Sketch of the medical history of the native army of Bombay, for the year
Year: 1875
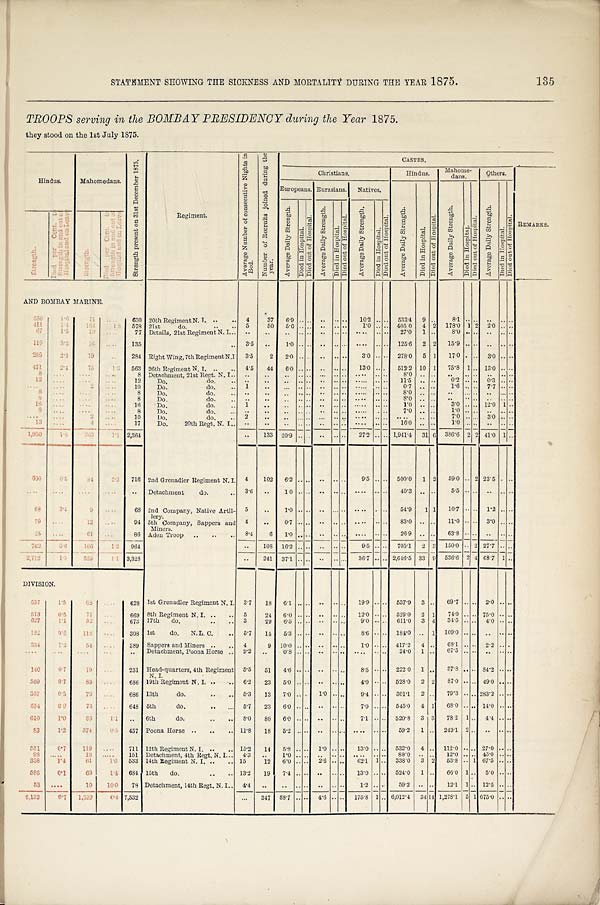
STATEMENT SHOWING THE SICKNESS AND MORTALITY DURING THE YEAR 1875.
135
TROOPS serving in the BOMBAY PRESIDENCY during the Year 1875.
they stood on the 1st July 1875.
Hindus.
Mahomedans.
S t r e n g t h p r e s e n t o n 3 1 s t D e c e m b e r 1 8 7 5 .
Regiment.
A v e r a g e N u m b e r o f c o n s e c u t i v e N i g h t s i n B e d .
N u m b e r o f R e c r u i t s j o i n e d d u r i n g t h e y e a r .
CASTES.
Christians.
Hindus. Mahome-
dans.
Others.
Europeans. Eurasians. Natives.
A v e r a g e D a i l y S t r e n g t h .
D i e d i n H o s p i t a l .
D i e d o u t o f H o s p i t a l .
A v e r a g e D a i l y S t r e n g t h .
D i e d i n H o s p i t a l . D i e d o u t o f H o s p i t a l .
A v e r a g e D a i l y S t r e n g t h .
D i e d i n H o s p i t a l .
D i e d o u t o f H o s p i t a l .
REMARKS.
A v e r a g e D a i l y S t r e n g t h .
D i e d i n H o s p i t a l .
D i e d o u t o f H o s p i t a l .
A v e r a g e D a i l y S t r e n g t h .
D i e d i n H o s p i t a l .
D i e d o u t o f H o s p i t a l .
A v e r a g e D a i l y S t r e n g t h .
D i e d i n H o s p i t a l . D i e d o u t o f H o s p i t a l .
S t r e n g t h .
D i e d p e r C e n t . t o S t r e n g t h i n a n d o u t o f H o s p i t a l a n d o n L e a v e Strength.
D i e d p e r C e n t . t o S t r e n g t h i n a n d o u t o f H o s p i t a l a n d o n L e a v e
AND BOMBAY MARINE.
5 5 0
1 . 6
7 1
. . . . 630 20th Regiment N. I. . . .. 4
37 6.9 . . . . . . . . . .
1 0 . 2 . . . . 533.4 9 . . 8.1 . . . . . . . . . .
411
1 . 4
1 6 4
1 . 8 578 21st do.
5
50 5.0 . . . .
. . . . . . 1.0 . . . . 405.0 4 2 178.0 1 2
2 . 0 . . . .
6 7 1.5
1 0
. . . . 77 Details, 21st Regiment N. I... . . ..
. . .. . . .. . . . . . . .. . . 27.0 1 .. 8.0 .. ..
. . . . . .
119
3 . 3
1 6
. . . . 135
.. 3.5 .. 1.0 .. . .
. . . . . .
. . . . . . 125.6 2 2 15.9 .. . . . . . . . .
259
2 . 3
1 9
. . 284 Right Wing, 7th Regiment N.I 3.5 2 2.0 . . . .
. . . . . . 3.0 . . . . 278.0 5 1 17.0 . . . .
3 . 0 . . . .
471
2 . 4
7 5
1 . 3 563 26th Regiment N, I. .. .. 4.5 44 6.0 .. . . . . . . . .
1 3 . 0 . . . . 512.2 10 1 75.8 1 . . 13.0 . . . .
8
. . . .
. . . .
. . . . 8 Detachment, 21st Regt. N. I.. .. .. .. .. . . . . . . . . . . . . . .
8 . 0 . . . .
. . . . . .
. . . . . .
12
. . . .
. . . .
. . . . 12 Do. do.
. . . .
. . . . . .
. . . . . .
. . ..
1 1 . 5 .. .. 0.2 . . . . 0.3 . . . .
. . . .
. . . .
2
. . . . 10 Do.
do. .. 1
. . . . . . . .
. . . . .. ..... . . . . 0.7 .. .. 1.6 . . . . 7.7 . . . .
8
. . . .
. . . .
. . . . 8 Do. do.
. . . .
. . . . . . . . . . . . . . . . . .
8 . 0 . . . .
. . . . . . . . . . ..
8
. . . .
. . . .
. . . . 8 Do.
do.
. .
. . . . . . . . . . . . . . . . . . . .
8 . 0 . . . .
. . . . . . .. . . . .
16
. . . .
. . . .
. . . . 16 Do.
do.
1
. . . . . . . .
. . . . . .
. . . . . .
1 . 0 . . .. 3.0 . . . . 12.0 1 . .
8
. . . .
. . . .
. . . . 8 Do.
do.
. . . .
. . . . . .
. . . . . .
. . . . . . 7.0 .. .. 1.0 .. . . . . . . ..
. . . .
. . . .
2
. . . . 10 Do. do.
2
. .
. . . . . . . . . . . .
. . . . . . . . .. . . 7.0 .. . . 3.0 . . . .
13 . . . .
4
. . . . 17 Do. 20th Regt. N. I.. . .
. . . . . . . . . . . . . . . . . . . .
1 6 . 0 . . . . 1.0 .. . . . . . . . .
1,950
1 . 8 3 6 3
1 . 1 2 ,364
. . 133 20.9 . . . . .. . . .. 27.2 .. . . 1,941.4 31 6 386.6 2 2 41.0 1 . .
6 0 0
0 . 5 8 4
2 . 3
7 1 6
2nd Grenadier Regiment N. I.
4
102 6.2 ..
. .
. . . . . . 9.5
. . . .
500.0 1 2 59.0 . . 2 23.5 . . . .
. . . .
. . . . . . . .
. . . . .. Detachment do.
3 . 6 . .
1 0 . . . . . . . . . .
. . . . . . 40.3 .. .. 5.5 . . . . . . . . . .
68
3.4
9
. . . . 68 2nd Company, Native Artil-lery. 5
. . 1.0 . . . .
. . . . . .
. . . . . . 54.9 1 1 10.7 . . . .
1 . 2 . . . .
79
. . . .
1 2
. . . . 94 5 t h C o m p a n y , S a p p e r s a n d M i n e r s .
4
. . 0.7 .. . .
. . . . ..
. . . . . . 83.0 .. . . 11.0 . . . .
3 . 0 . . . .
2 5
. . . . 6 1
. . . . 86 Aden Troop .. .. .. 8.4 6 1.0 . . . .
. . . . . .
. . .. . . 26.9 .. . .
6 3 . 8 . . . .
. . . . . .
762
0.6 166
1.2 964
.. 108 16.2 .. . . . . . . . .
9 . 5 . . . . 705.1 2 3 150.0 . . 2 27.7 . . ..
2,712
1 . 5 529
1 . 1 3,328
. . 241 37.1
. .
. .
. . . . . . 36.7 .. . . 2,646.5 33 9 536.6 2 4 68.7 1 . .
DIVISION.
537
1.5
6 8
. . . . 628 1st Grenadier Regiment N. I. 3.7 18 6.1 .. . .
. . . . . . 19.9 .. . . 537.9 3 . . 69.7 .. . . 2.0 . . . .
513
0.5
7 7
. . . . 669 8th Regiment N. I. .. .. 5
24 6.0 . . . . . . . . . .
1 2 . 0 . . . . 529.0 2 1 74.0 .. . . 75.0 . . . .
627
1 . 1
3 2
. . . . 673 17th do.
3 29 6.5 .. . . . . . . . .
9 . 0 . . . . 611.0 3 4 34.5 . . . . 4.0 . . . .
182
0 . 5 118
. . . . 308 1st do. N.L. C. .. 5.7 14 5.3 .. . .
. . . . .. 8.6 . . . . 184.0 .. 1 109.0 . . . . .. . . . .
3 3 4
1.2 54
. . . . 3 8 9 Sappers and Miners .. .. 4
9 10.0 .. . . . . . . . .
1 . 0 . . . . 417.2 4 . . 68.1 . . . . 2.2 . . . .
. . . .
. . . .
. . . .
. . . . . . Detachment, Poona Horse .. 9.2 ..
. . .. . .
. . . . . .
. . . . . . 24.0 1 ..
6 7 . 5 . . . . . . . . . .
140
0 . 7
1 9
. . . . 231 Head-quarters, 4th Regiment
N. I.
5.5 51 4.6 . . . .
. . . . . . 8.5 . . . . 222.0 1 . . 37.8 . . . . 84.2 . . . .
559
0.7
83
. . . . 686 19th Regiment N. I. .. ... 6.2 23 5.0 .. . . . . . . . .
4 . 0 . . . . 528.0 2 2 87.0 .. .. 49.0 . . . .
357
0.5
7 9
. . . . 686 13th do. . . .. 5.3 13 7.0 .. . . 1.0 . . . . 9.4 . . . . 3011 2 .. 79.3 .. . . 283.2 . . . .
554
0.9
7 3
. . . . 648 5th
do. .. ... 5.7 23 6.0 .. . .
. . . . . . 7.0 .. . . 545.0 4 1 68.0 .. . . 14.0 . . . .
610
1.0
8 5
1.1
. . 6th
do.
. . 8.0 80 6.0 .. . . .. .. . .
7 . 1 . . . . 520.8 3 3
7 8 . 2 1 . . 4.4 . . . .
83
1.2 374
0.5 457 Poona Horse .. .. .. 11.8 18 5.2 . . . .
. . . . . .
. . . . . . 59.2 1 . . 24.1 2 . .. . . . .
5 5 1
0 . 7
1 1 9
. . . 711 12th Regiment N. I. .. .. 15.2 14 5.8 .. . . 1.0 . . . . 13.0 .. . . 532.0 4 . . 112.0 . . . . 27.0 . . . .
98
. . . . .
1 8
. . . . . 151 Detachment, 4th Regt. N. I. .. 4.3 ..
1 . 0 . . . . . . . . . .
. . . . . . 80..0 .. . . 12.0 .. . . 45.0 . . . .
338
1 . 4 61
1.6 533 14th Regiment N. I. .. .. 15
12 6.0 . . . . 2.6 . . . . 62.1 1 .. 338.0 3 2 53.8 .. 1 67.5 . . . .
596
0.1
69
1.4 684 15th do.
.. .. 13.2 19 7.4 .. . . . . . . . .
1 3 . 0 . . . . 524.0 1 . . 66.0 1 .. 5.0 . . . .
53
. . . .
10 10.0 78 Detachment, 14th Regt. N. I. 4.4 .. .. . . . .
. . . . . . 1.2 .. . . 59.2 . . .. 12.1 1 .. 12.5 . . . .
6,132
0 . 7
1 , 3 3 9
0 . 4 7,532
... 347 88.7 .. . .
4 . 6 .. . . 175.8 1 .. 6,012.4 34 14 1,278.1 5 1 675.0 . . . .